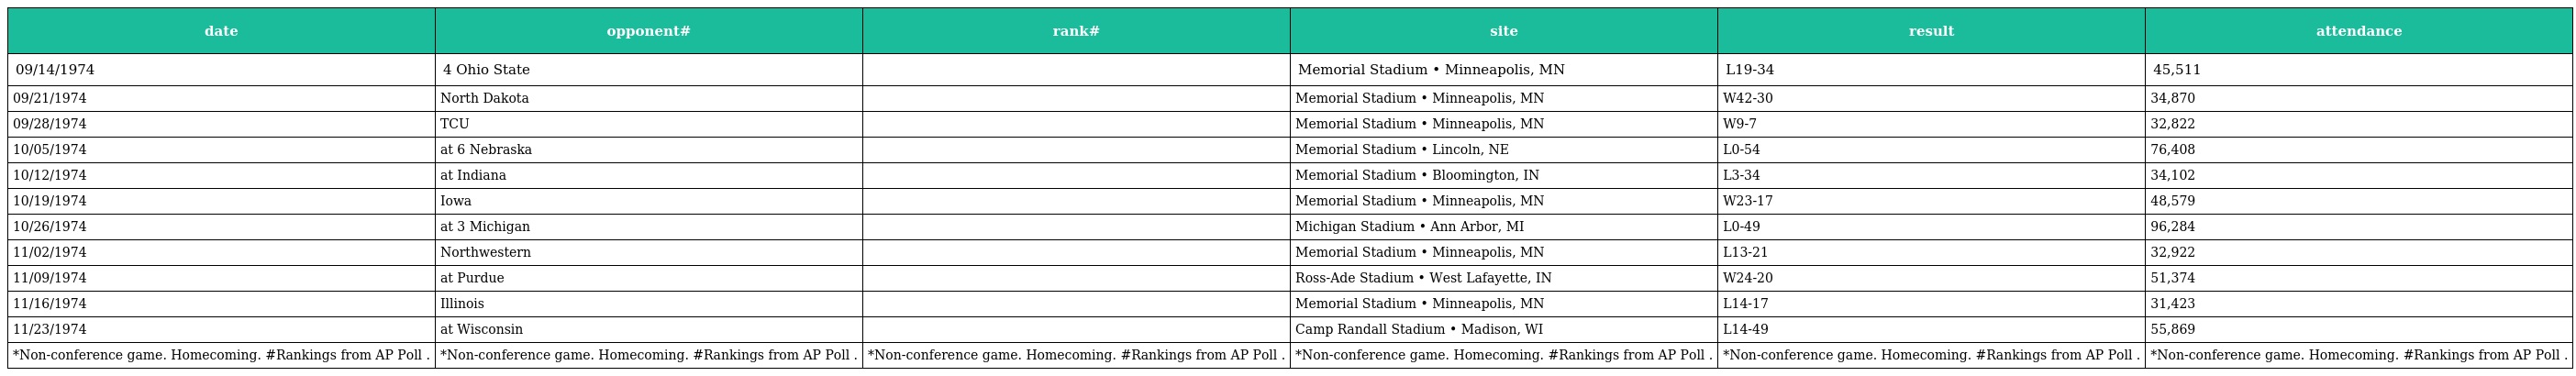
| date | opponent# | rank# | site | result | attendance |
 | --- | --- | --- | --- | --- | --- |
 | 09/14/1974 | 4 Ohio State |  | Memorial Stadium • Minneapolis, MN | L19-34 | 45,511 |
 | 09/21/1974 | North Dakota |  | Memorial Stadium • Minneapolis, MN | W42-30 | 34,870 |
 | 09/28/1974 | TCU |  | Memorial Stadium • Minneapolis, MN | W9-7 | 32,822 |
 | 10/05/1974 | at 6 Nebraska |  | Memorial Stadium • Lincoln, NE | L0-54 | 76,408 |
 | 10/12/1974 | at Indiana |  | Memorial Stadium • Bloomington, IN | L3-34 | 34,102 |
 | 10/19/1974 | Iowa |  | Memorial Stadium • Minneapolis, MN | W23-17 | 48,579 |
 | 10/26/1974 | at 3 Michigan |  | Michigan Stadium • Ann Arbor, MI | L0-49 | 96,284 |
 | 11/02/1974 | Northwestern |  | Memorial Stadium • Minneapolis, MN | L13-21 | 32,922 |
 | 11/09/1974 | at Purdue |  | Ross-Ade Stadium • West Lafayette, IN | W24-20 | 51,374 |
 | 11/16/1974 | Illinois |  | Memorial Stadium • Minneapolis, MN | L14-17 | 31,423 |
 | 11/23/1974 | at Wisconsin |  | Camp Randall Stadium • Madison, WI | L14-49 | 55,869 |
 | *Non-conference game. Homecoming. #Rankings from AP Poll . | *Non-conference game. Homecoming. #Rankings from AP Poll . | *Non-conference game. Homecoming. #Rankings from AP Poll . | *Non-conference game. Homecoming. #Rankings from AP Poll . | *Non-conference game. Homecoming. #Rankings from AP Poll . | *Non-conference game. Homecoming. #Rankings from AP Poll . |